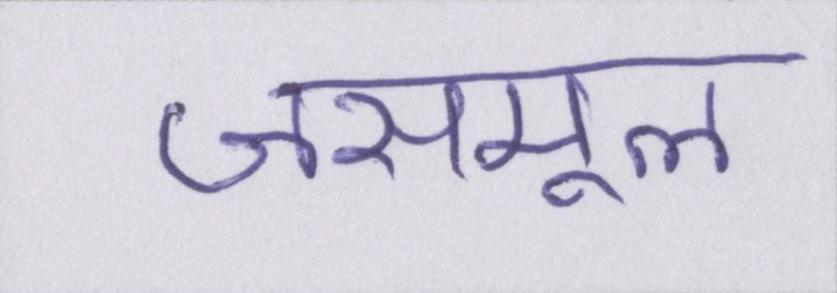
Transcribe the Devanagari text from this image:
जसमूल